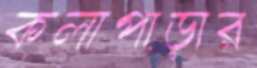
কলাপাড়ার